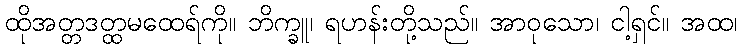
ထိုအတ္တဒတ္ထမထေရ်ကို။ ဘိက္ခူ၊ ရဟန်းတို့သည်။ အာဝုသော၊ ငါ့ရှင်။ အထ၊